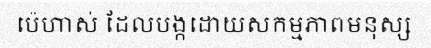
ប៉េហាស់ ដែលបង្កដោយសកម្មភាពមនុស្ស